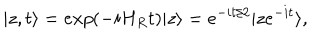
| z , t \rangle = e x p ( - i H _ { R } t ) | z \rangle = e ^ { - i t / 2 } | z e ^ { - i t } \rangle ,